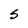
Character: S